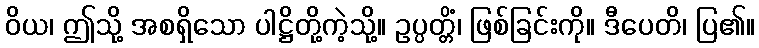
ဝိယ၊ ဤသို့ အစရှိသော ပါဋ္ဌိတို့ကဲ့သို့။ ဥပ္ပတ္တိံ၊ ဖြစ်ခြင်းကို။ ဒီပေတိ၊ ပြ၏။